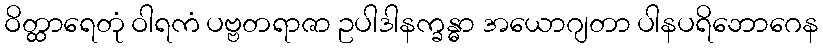
ဝိတ္ထာရေတုံ ဝါရကံ ပဗ္ဗတရာဇာ ဥပါဒါနက္ခန္ဓာ အယောဂျတာ ပါနပရိဘောဂေန